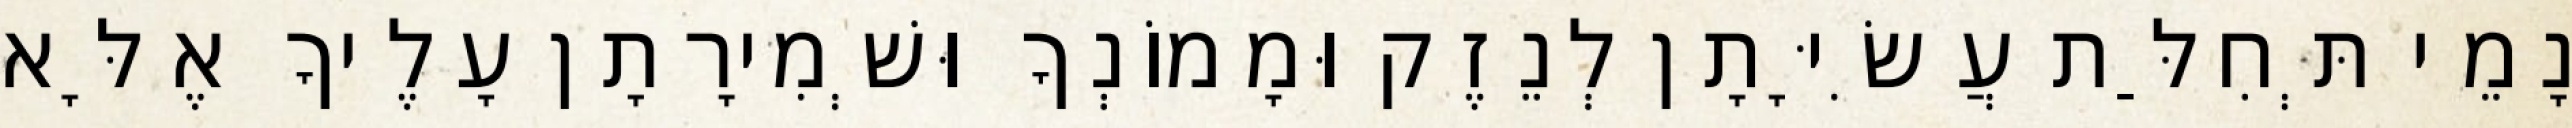
נָמֵי תְּחִלַּת עֲשִׂיָּתָן לְנֵזֶק וּמָמוֹנְךָ וּשְׁמִירָתָן עָלֶיךָ אֶלָּא